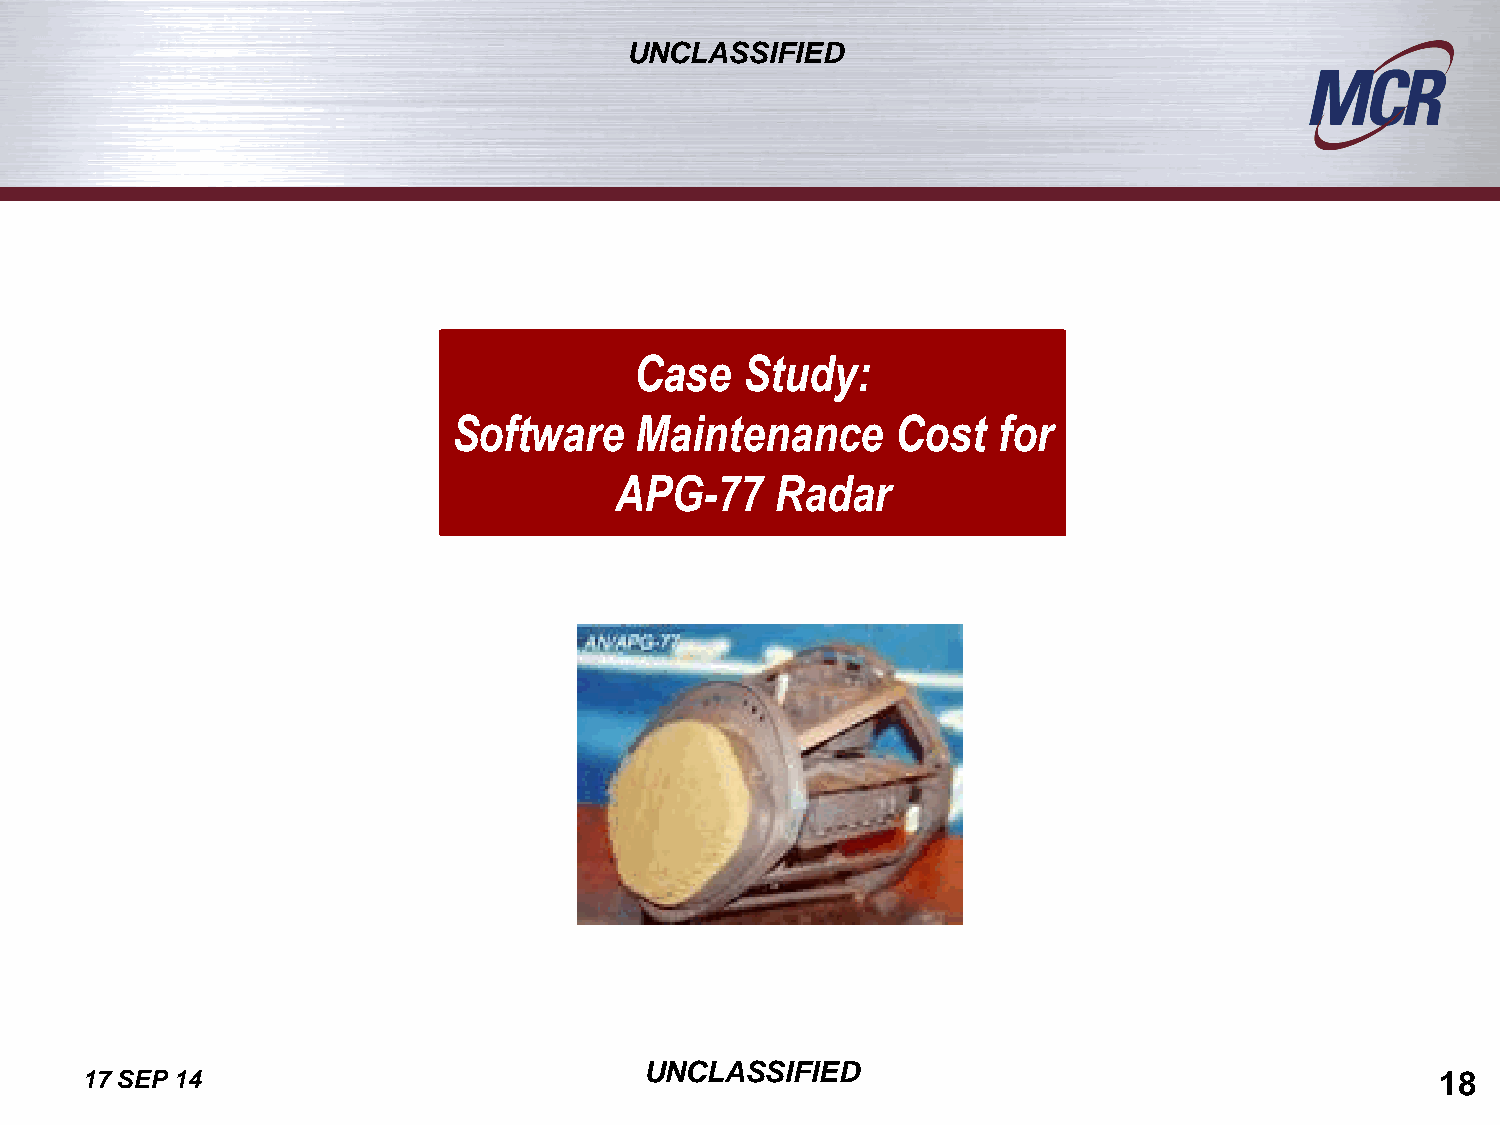
UNCLASSIFIED
 Case   Study:
 Software    Maintenance      Cost   for
 APG-77    Radar
 UNCLASSIFIED
 17 SEP 14                                                                                 18